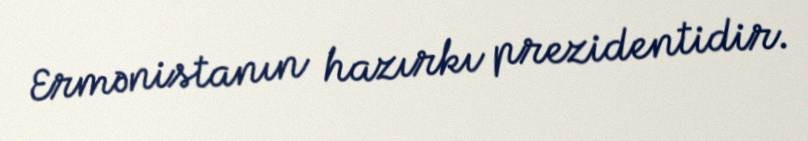
Ermənistanın hazırkı prezidentidir.